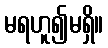
မရဟူ၍မရှိ။